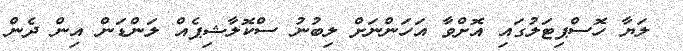
ލަޔާ ހޮސްޕިޓަލުގައި އޮށްވާ އަހަންނަށް ލިބުނު ސްކޮލާޝިޕެއް ލަންޑަން އިން ދެން